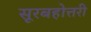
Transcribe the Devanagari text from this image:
सूरबहोत्तरी